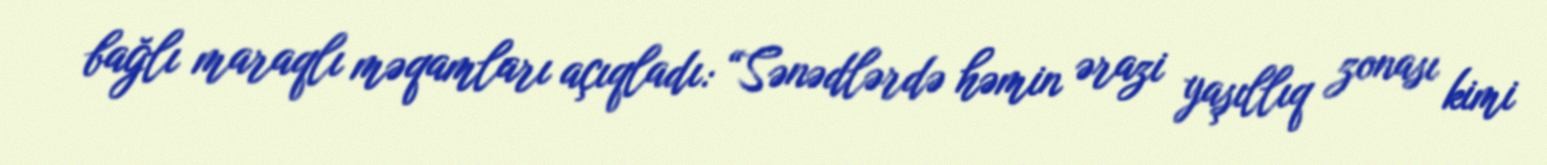
bağlı maraqlı məqamları açıqladı: “Sənədlərdə həmin ərazi yaşıllıq zonası kimi